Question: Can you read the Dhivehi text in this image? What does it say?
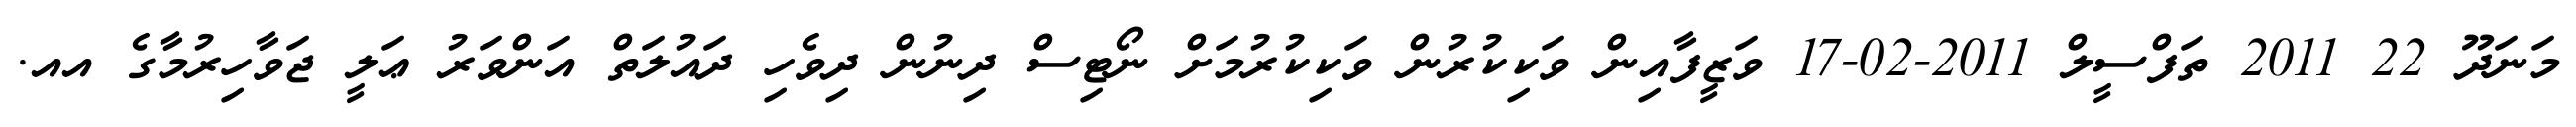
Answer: މަނަދޫ 22 2011 ތަފްސީލް 2011-02-17 ވަޒީފާއިން ވަކިކުރުން ވަކިކުރުމަށް ނޯޓިސް ދިނުން ދިވެހި ދައުލަތް އަންވަރު ޢަލީ ޖަވާހިރުމާގެ އއ.